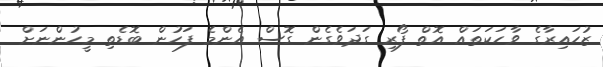
ޒުހައިރާގެ ވާހަކަތައް އޮތް ފޯރި ގަދަވެގެން ގޮސް އެންމެ ފަހުން ބޮޑެތި މީހުންނަށް